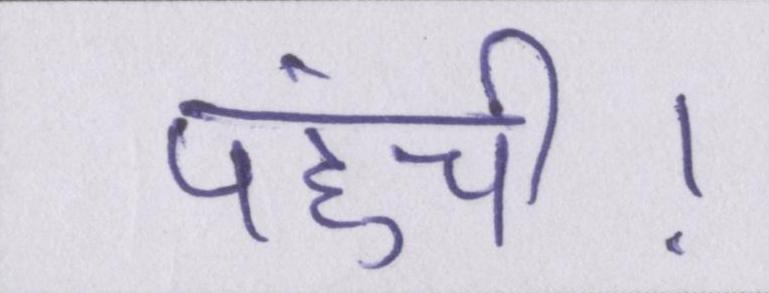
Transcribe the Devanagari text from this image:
पहुंची।